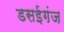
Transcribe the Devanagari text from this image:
डसईगंज